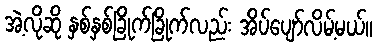
အဲ့လိုဆို နှစ်နှစ်ခြိုက်ခြိုက်လည်း အိပ်ပျော်လိမ့်မယ်။